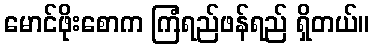
မောင်ဖိုးစောက ကြံရည်ဖန်ရည် ရှိတယ်။